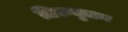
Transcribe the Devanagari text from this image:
तिरूसुलम